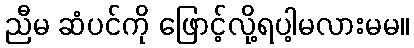
ညီမ ဆံပင်ကို ဖြောင့်လို့ရပါ့မလားမမ။